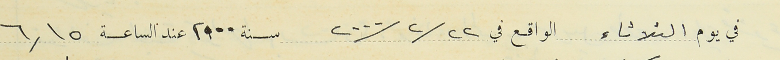
في يوم الثلاثاء الواقع في ٢٢ / ٢ / ٢٠٠٠      سنة ٢٠٠٠ عناد الساعة ٦,١٥